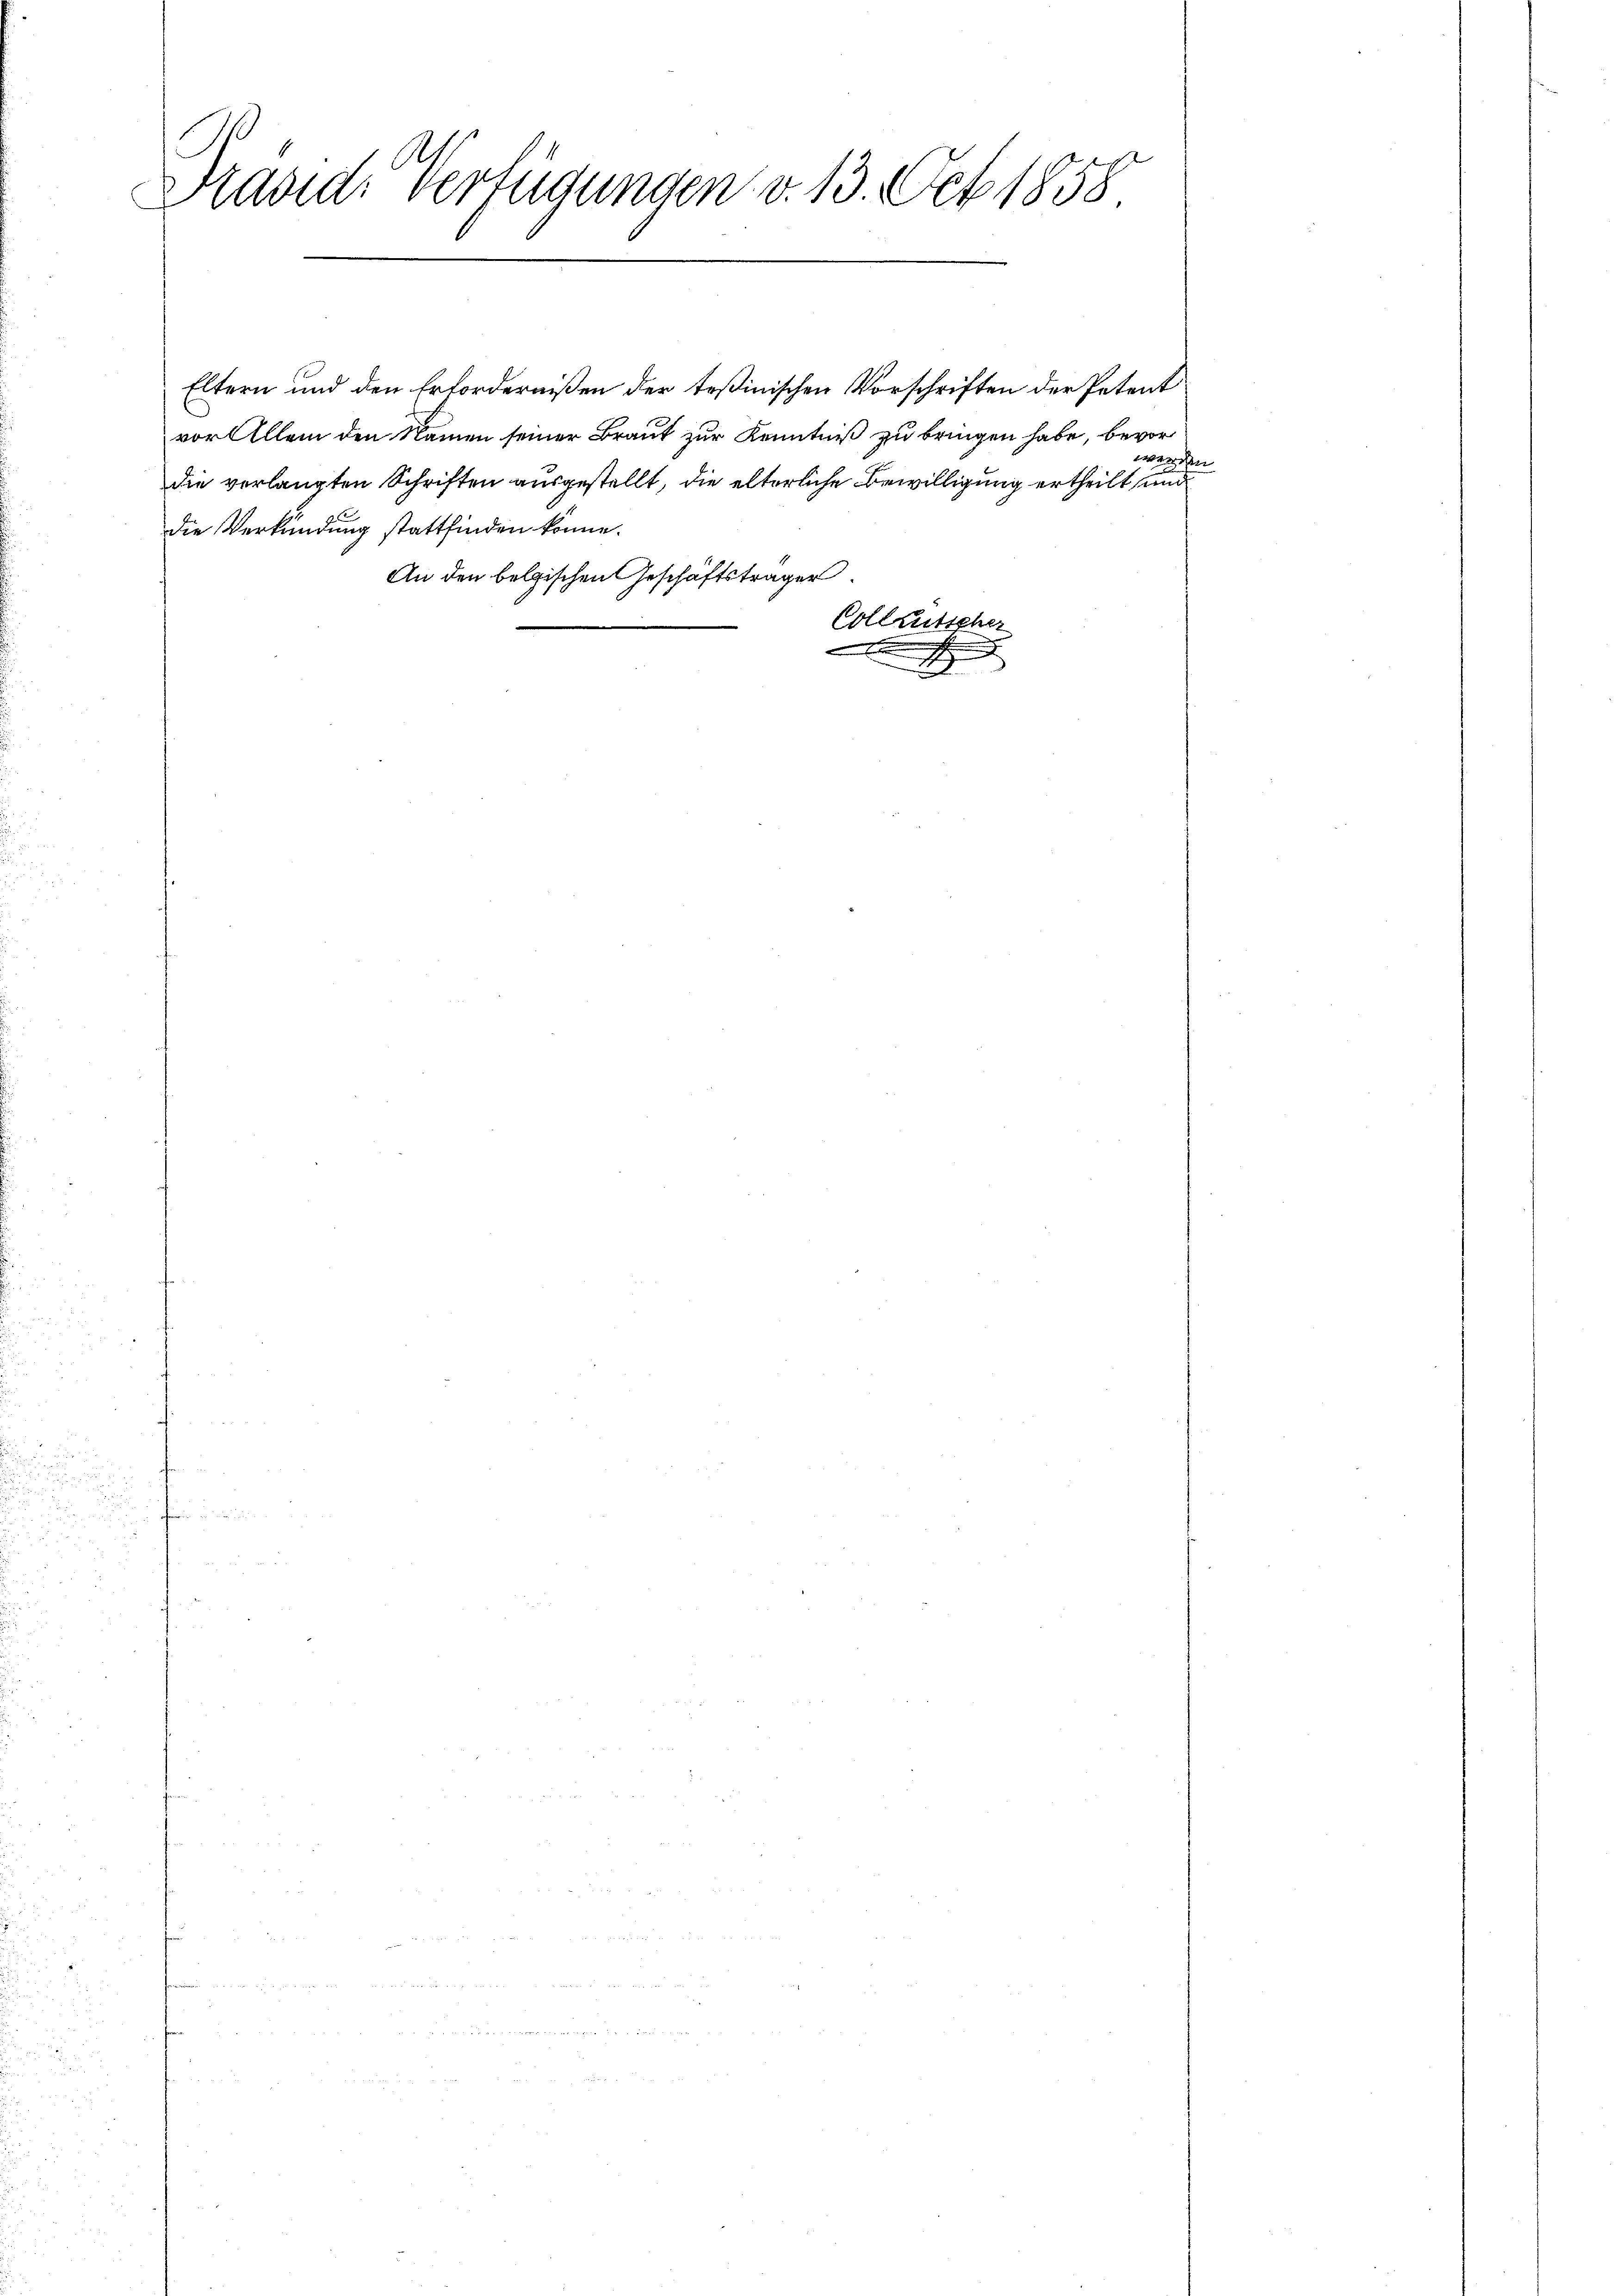
Präside Verfügungen v. 13. Oct. 1858

Eltern und den Erfordernißen der Teßinischen Vorschriften der Petent
vor Allem den Namen seiner Braut zur Kenntniß zu bringen habe, bevor
die verlangten Schriften ausgestellt, die elterliche Bewilligung ertheilt, und
die Verkündung stattfinden könne.
An den belgischen Geschäftsträger
Collrutscher

x

gehen